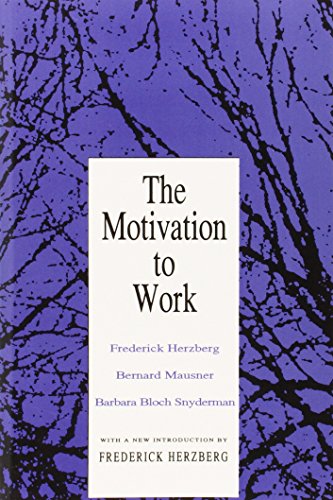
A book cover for The Motivation to Work; Frederick Herzberg; Business & Money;